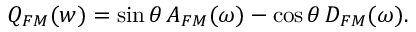
Q _ { F M } ( w ) = \sin \theta \, A _ { F M } ( \omega ) - \cos \theta \, D _ { F M } ( \omega ) .